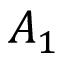
A _ { 1 }